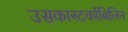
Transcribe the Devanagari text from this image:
उसकास्‍टर्कोबिलिन